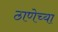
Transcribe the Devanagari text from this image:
ठाणेच्‍या